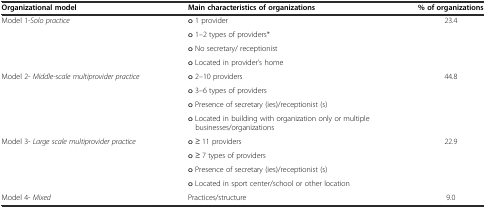
<table><thead><tr><td><b>Organizational model</b></td><td><b>Main characteristics of organizations</b></td><td><b>% of organizations</b></td></tr></thead><tbody><tr><td rowspan="4">Model 1<i>-Solo practice</i></td><td>o 1 provider</td><td>23.4</td></tr><tr><td>o 1–2 types of providers*</td><td></td></tr><tr><td>o No secretary/ receptionist</td><td></td></tr><tr><td>o Located in provider’s home</td><td></td></tr><tr><td rowspan="4">Model 2- <i>Middle-scale multiprovider practice</i></td><td>o 2–10 providers</td><td>44.8</td></tr><tr><td>o 3–6 types of providers</td><td></td></tr><tr><td>o Presence of secretary (ies)/receptionist (s)</td><td></td></tr><tr><td>o Located in building with organization only or multiple businesses/organizations</td><td></td></tr><tr><td rowspan="4">Model 3- <i>Large scale multiprovider practice</i></td><td>o ≥ 11 providers</td><td>22.9</td></tr><tr><td>o ≥ 7 types of providers</td><td></td></tr><tr><td>o Presence of secretary (ies)/receptionist (s)</td><td></td></tr><tr><td>o Located in sport center/school or other location</td><td></td></tr><tr><td>Model 4- <i>Mixed</i></td><td>Practices/structure</td><td>9.0</td></tr></tbody></table>